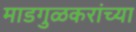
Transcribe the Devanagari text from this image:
माडगुळकरांच्या